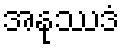
အနုဿဒံ